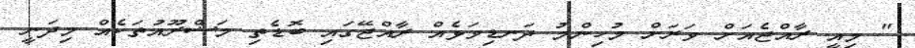
" މިއީ ރާއްޖެއަށް ވަރަށް މުހިންމު ދަނޑިވަޅެއް ރާއްޖޭގައި ބޮޑެތި މަޝްރޫއުތަކެއް މިދަނީ